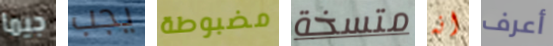
جيما يجب مضبوطة متسخة انه أعرف